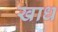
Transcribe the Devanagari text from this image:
खाध